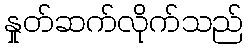
နှုတ်ဆက်လိုက်သည်